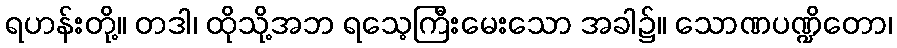
ရဟန်းတို့။ တဒါ၊ ထိုသို့အဘ ရသေ့ကြီးမေးသော အခါ၌။ သောဏပဏ္ဍိတော၊